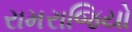
રામરાજિયો